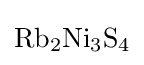
{\ce {Rb2Ni3S4}}